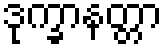
ဒုက္ခာနတ္တာ